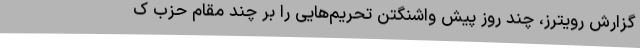
گزارش رویترز، چند روز پیش واشنگتن تحریم‌هایی را بر چند مقام حزب ک